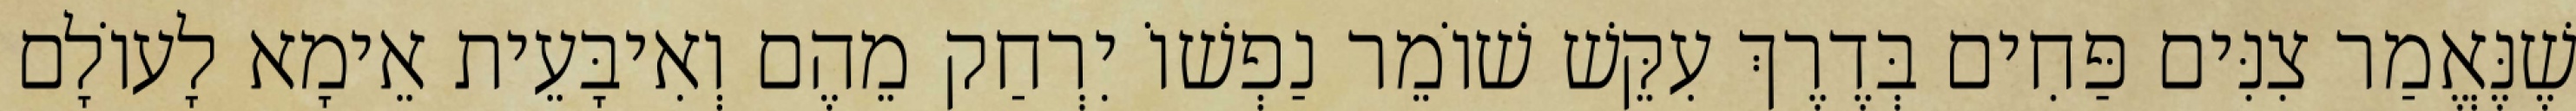
שֶׁנֶּאֱמַר צִנִּים פַּחִים בְּדֶרֶךְ עִקֵּשׁ שׁוֹמֵר נַפְשׁוֹ יִרְחַק מֵהֶם וְאִיבָּעֵית אֵימָא לָעוֹלָם